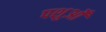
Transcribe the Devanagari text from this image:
पशुओँ